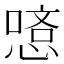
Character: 𠼿